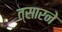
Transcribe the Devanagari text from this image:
त्सारने